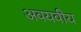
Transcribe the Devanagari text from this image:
अवयवीय